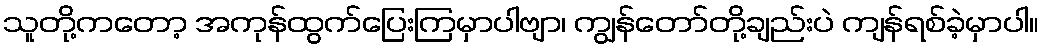
သူတို့ကတော့ အကုန်ထွက်ပြေးကြမှာပါဗျာ၊ ကျွန်တော်တို့ချည်းပဲ ကျန်ရစ်ခဲ့မှာပါ။